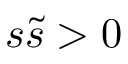
s \tilde { s } > 0